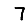
Digit: 7